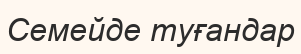
Семейде туғандар